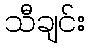
သီချင်း